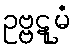
ဥဗ္ဗဋုမံ